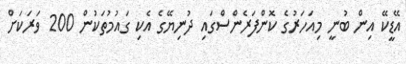
އޭޑީކޭ އިން ބުނީ މިއަހަރުގެ ކޮންފަރެންސްގައި ދުނިޔޭގެ އެކި ގައުމުތަކުން 200 ވަރަކަށް